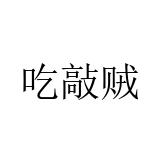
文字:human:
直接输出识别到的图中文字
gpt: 吃敲贼